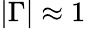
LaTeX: |\Gamma|\approx 1